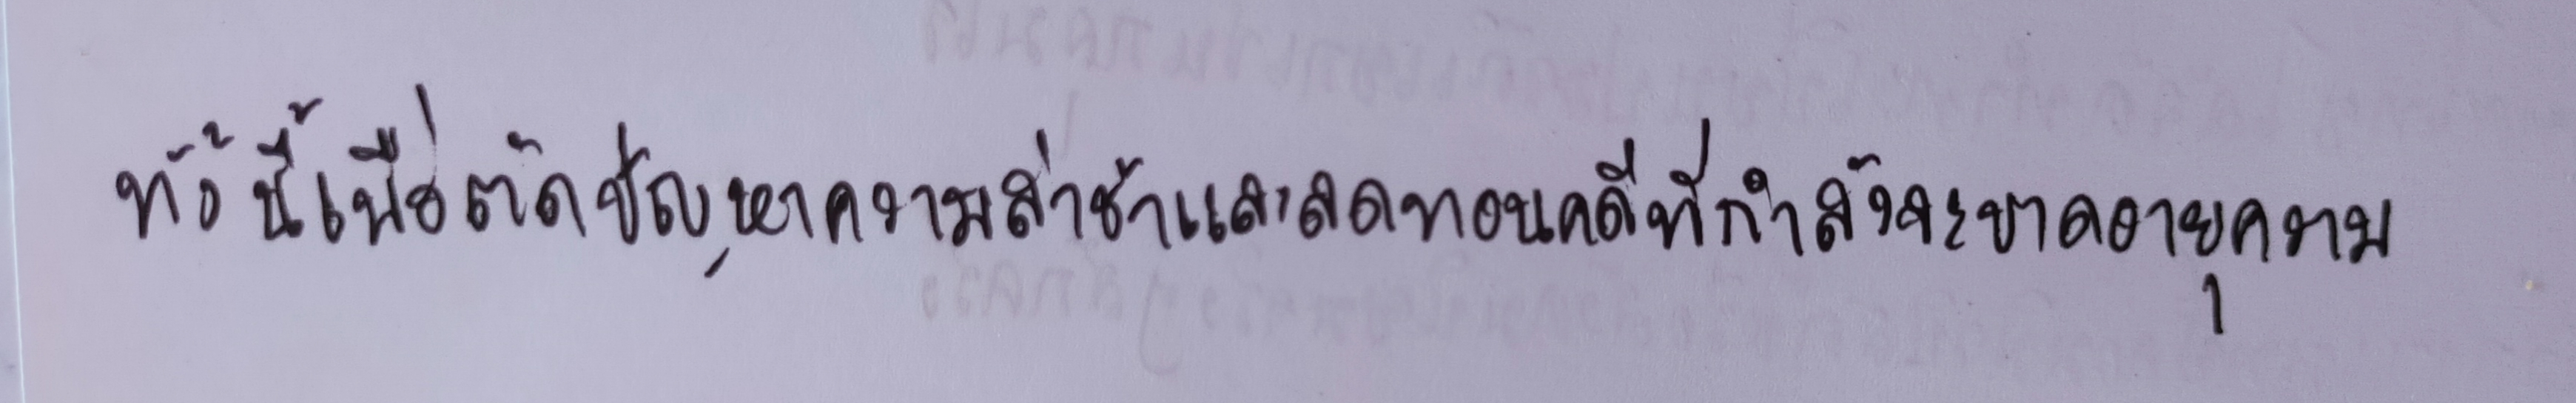
ทั้งนี้เพื่อตัดปัญหาความล่าช้าและลดทอนคดีที่กำลังจะขาดอายุความ